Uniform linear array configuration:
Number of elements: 24
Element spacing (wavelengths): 1
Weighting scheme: kaiser
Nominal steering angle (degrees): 30
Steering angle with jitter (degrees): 29.699
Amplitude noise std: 0.05
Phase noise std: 0.05

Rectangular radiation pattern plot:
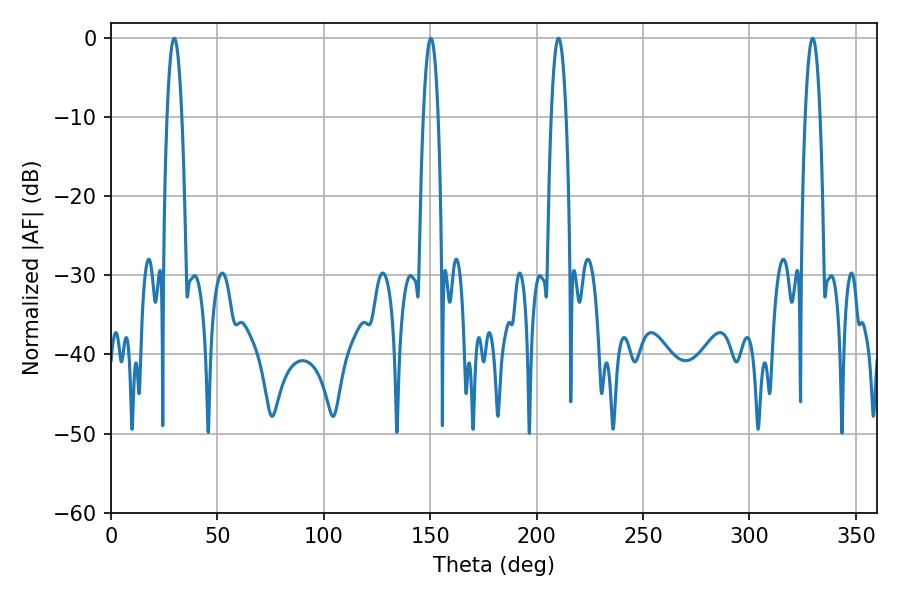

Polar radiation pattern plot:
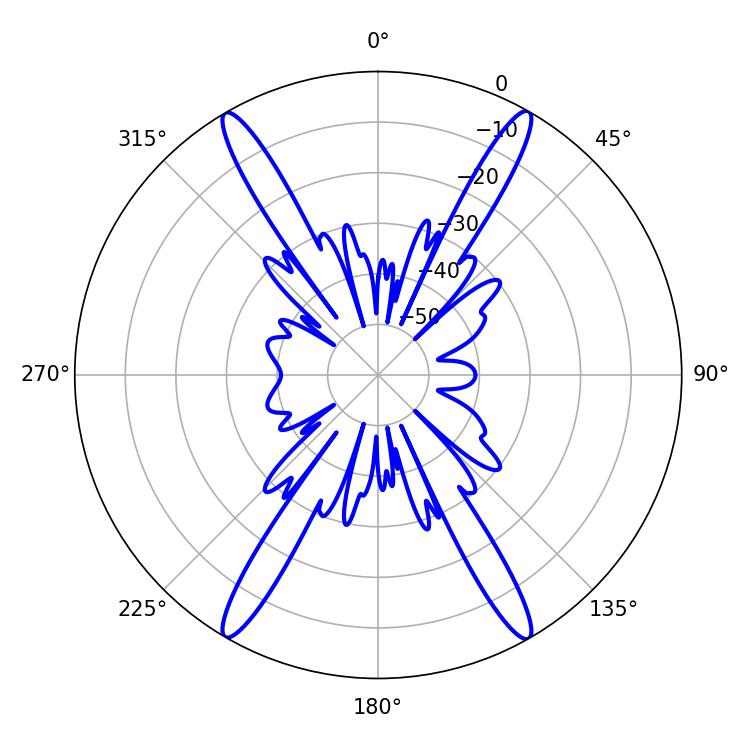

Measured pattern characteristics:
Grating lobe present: TRUE
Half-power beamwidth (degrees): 3.78
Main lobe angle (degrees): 29.7